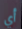
أي